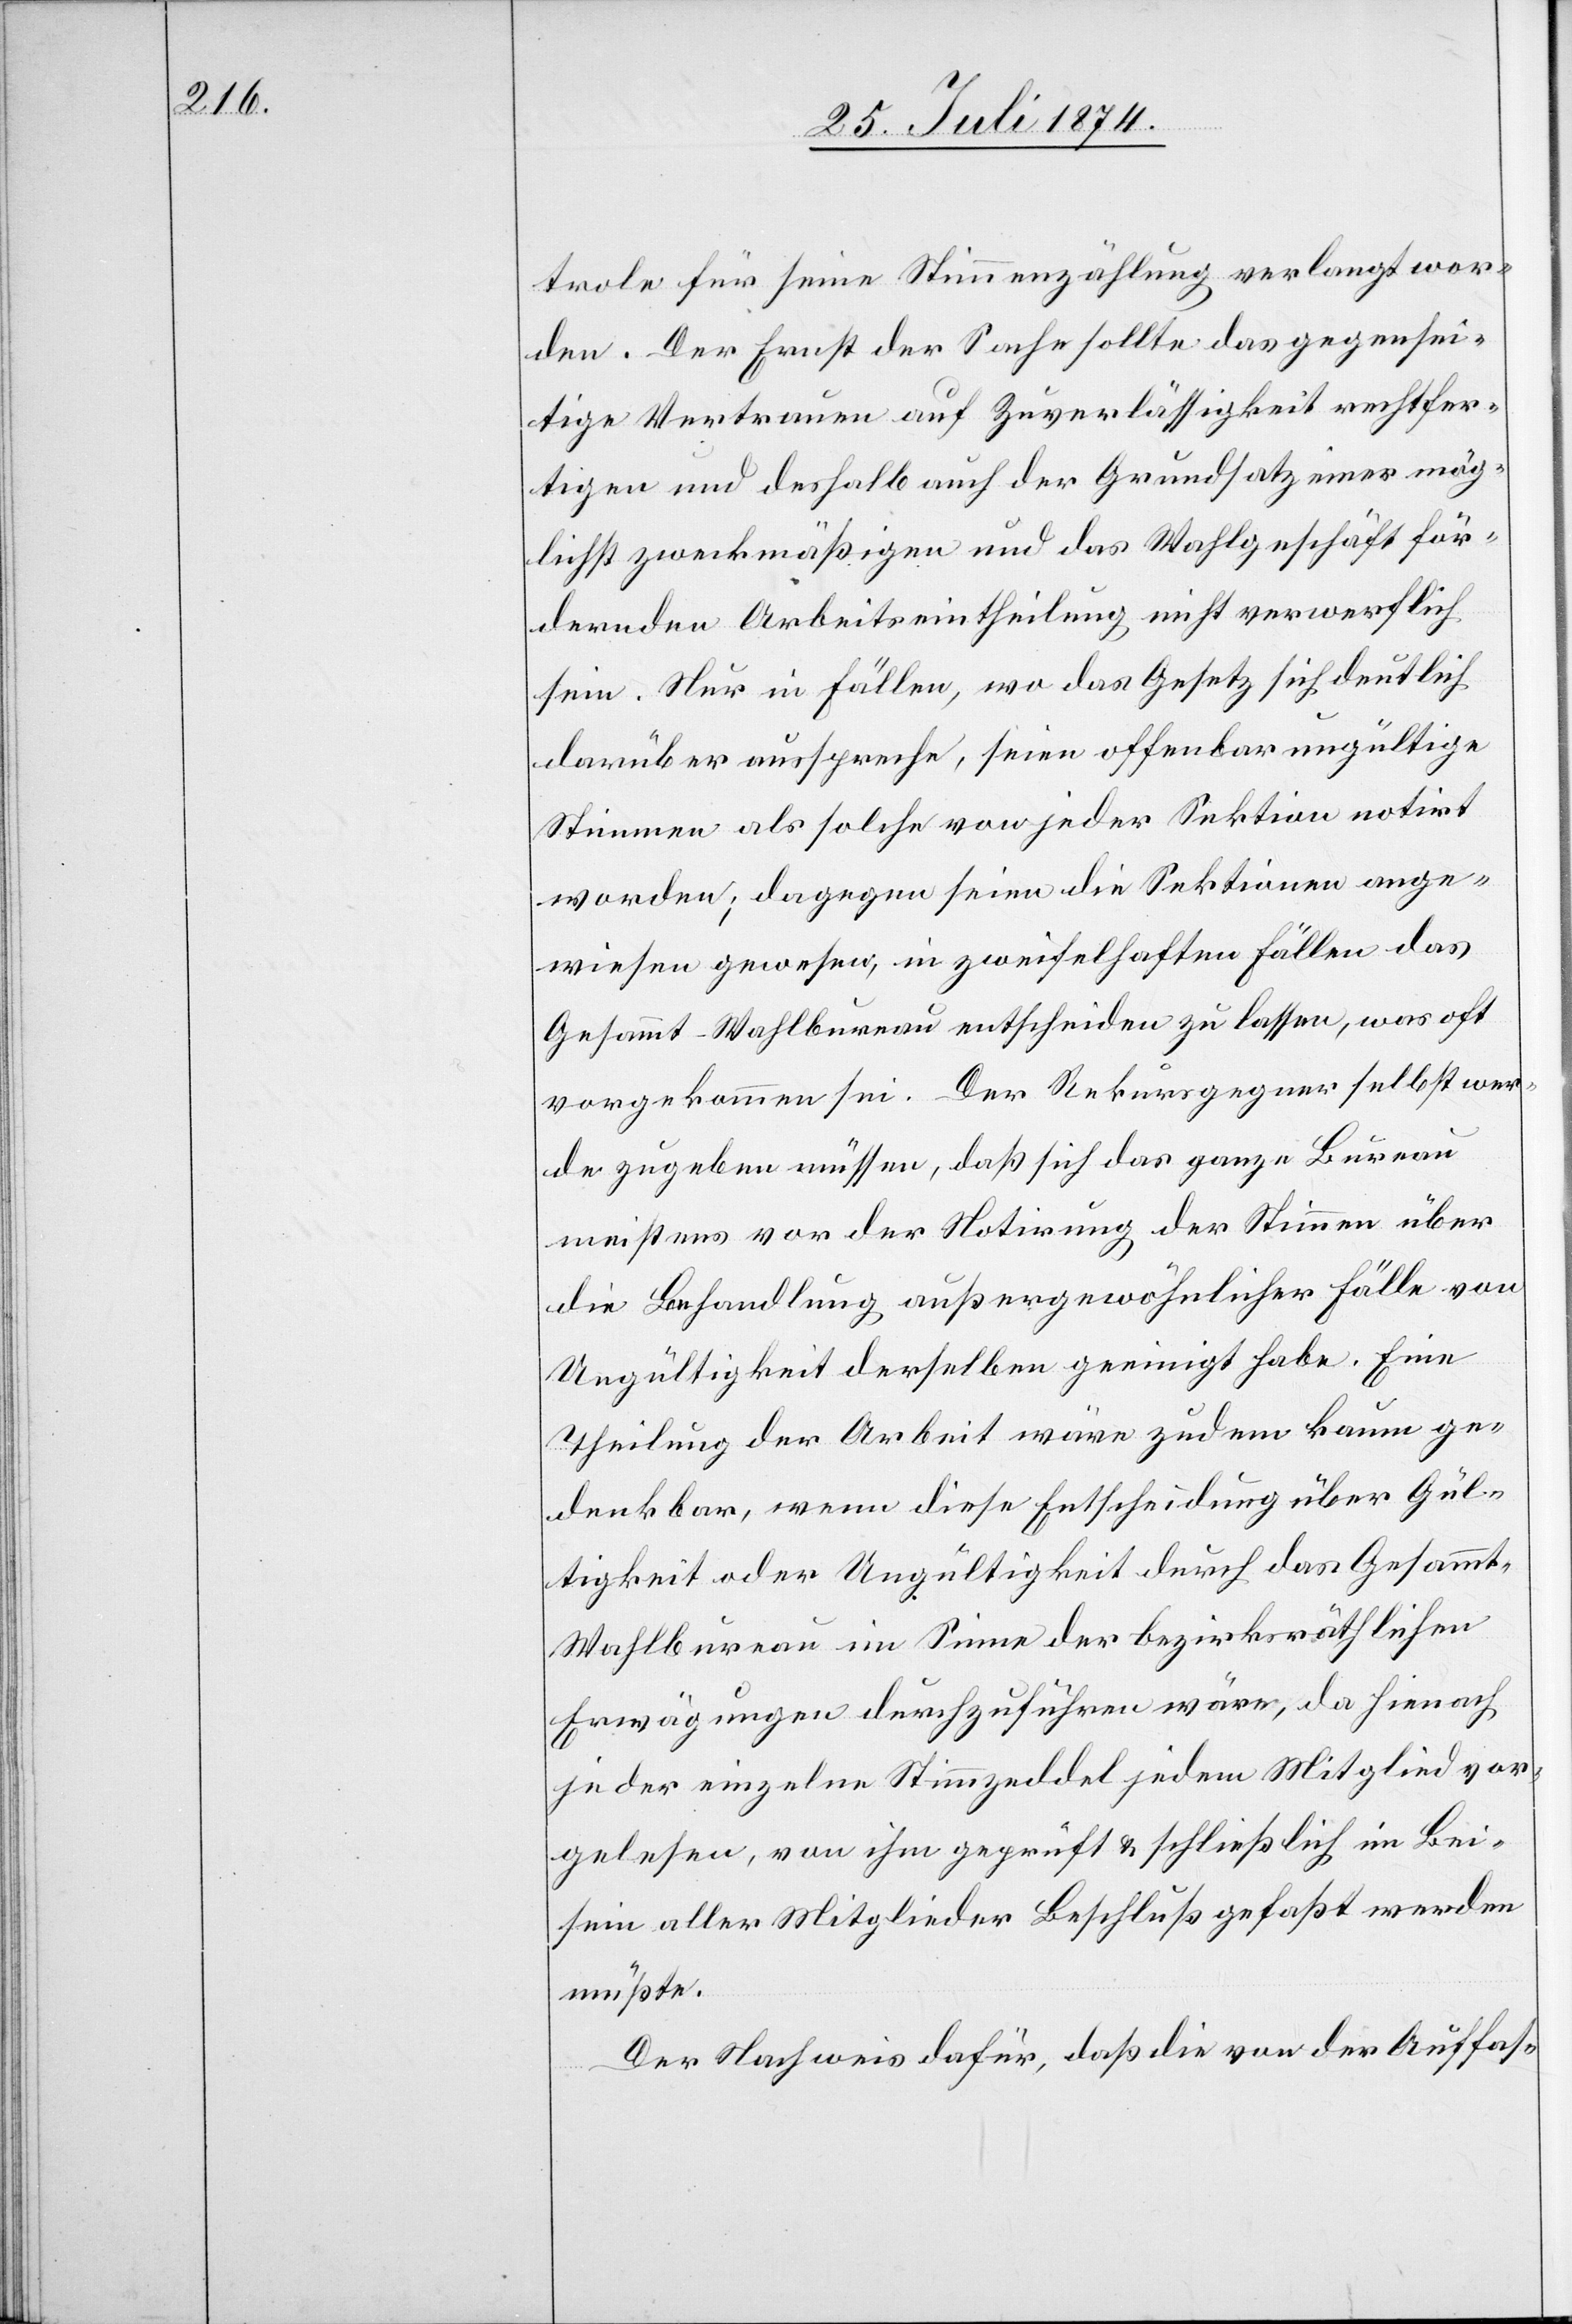
trole für seine Stimmenzählung verlangt wor¬
den. Der Ernst der Sache sollte das gegensei¬
tige Vertrauen auf Zuverlässigkeit rechtfer¬
tigen und deshalb auch der Grundsatz einer mög¬
lichst zweckmäßigen und das Wahlgeschäft för¬
dernden Arbeitseintheilung nicht verwerflich
sein. Nur in Fällen, wo das Gesetz sich deutlich
darüber ausspreche, seien offenbar ungültige
Stimmen als solche von jeder Sektion notirt
worden; dagegen seien die Sektionen ange¬
wiesen gewesen, in zweifelhaften Fällen das
Gesammt- Wahlbureau entscheiden zu lassen, was oft
vorgekommen sei. Der Rekursgegner selbst wer¬
de zugeben müssen, daß sich das ganze Bureau
meistens vor der Notirung der Stimmen über
die Behandlung außergewöhnlicher Fälle von
Ungültigkeit derselben geeinigt habe. Eine
Theilung der Arbeit wäre zudem kaum ge¬
denkbar, wenn diese Entscheidung über Gül¬
tigkeit oder Ungültigkeit durch das Gesamm¬
t-Wahlbureau im Sinne der bezirksräthlichen
Erwägungen durchzuführen wäre, da hienach
jeder einzelne Stimmzeddel jedem Mitglied vor¬
gelesen, von ihm geprüft u. schließlich im Bei¬
sein aller Mitglieder Beschluß gefaßt werden
müßte.
Der Nachweis dafür, daß die von der Auffas-